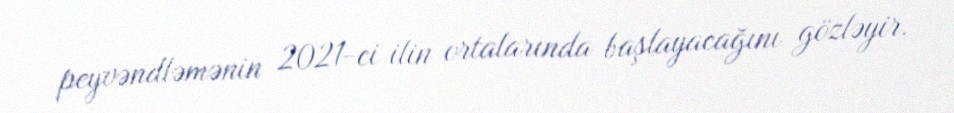
peyvəndləmənin 2021-ci ilin ortalarında başlayacağını gözləyir.